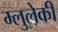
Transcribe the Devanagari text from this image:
म्लुलेकी